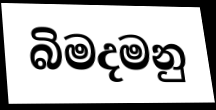
බිමදමනු